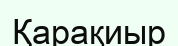
Қарақиыр